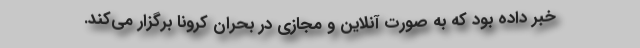
خبر داده بود که به صورت آنلاین و مجازی در بحران کرونا برگزار می‌کند.